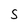
Character: S